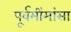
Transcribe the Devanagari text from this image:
पूर्वमींमांसा